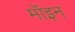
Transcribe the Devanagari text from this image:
मॉइन